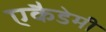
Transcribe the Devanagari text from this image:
एकैडेमी